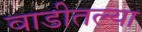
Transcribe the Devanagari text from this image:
वाडीतल्या